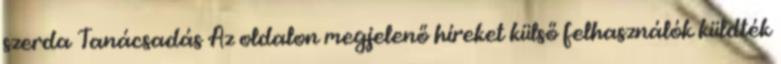
szerda Tanácsadás Az oldalon megjelenő híreket külső felhasználók küldték